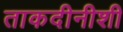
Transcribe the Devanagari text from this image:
ताकदीनीशी